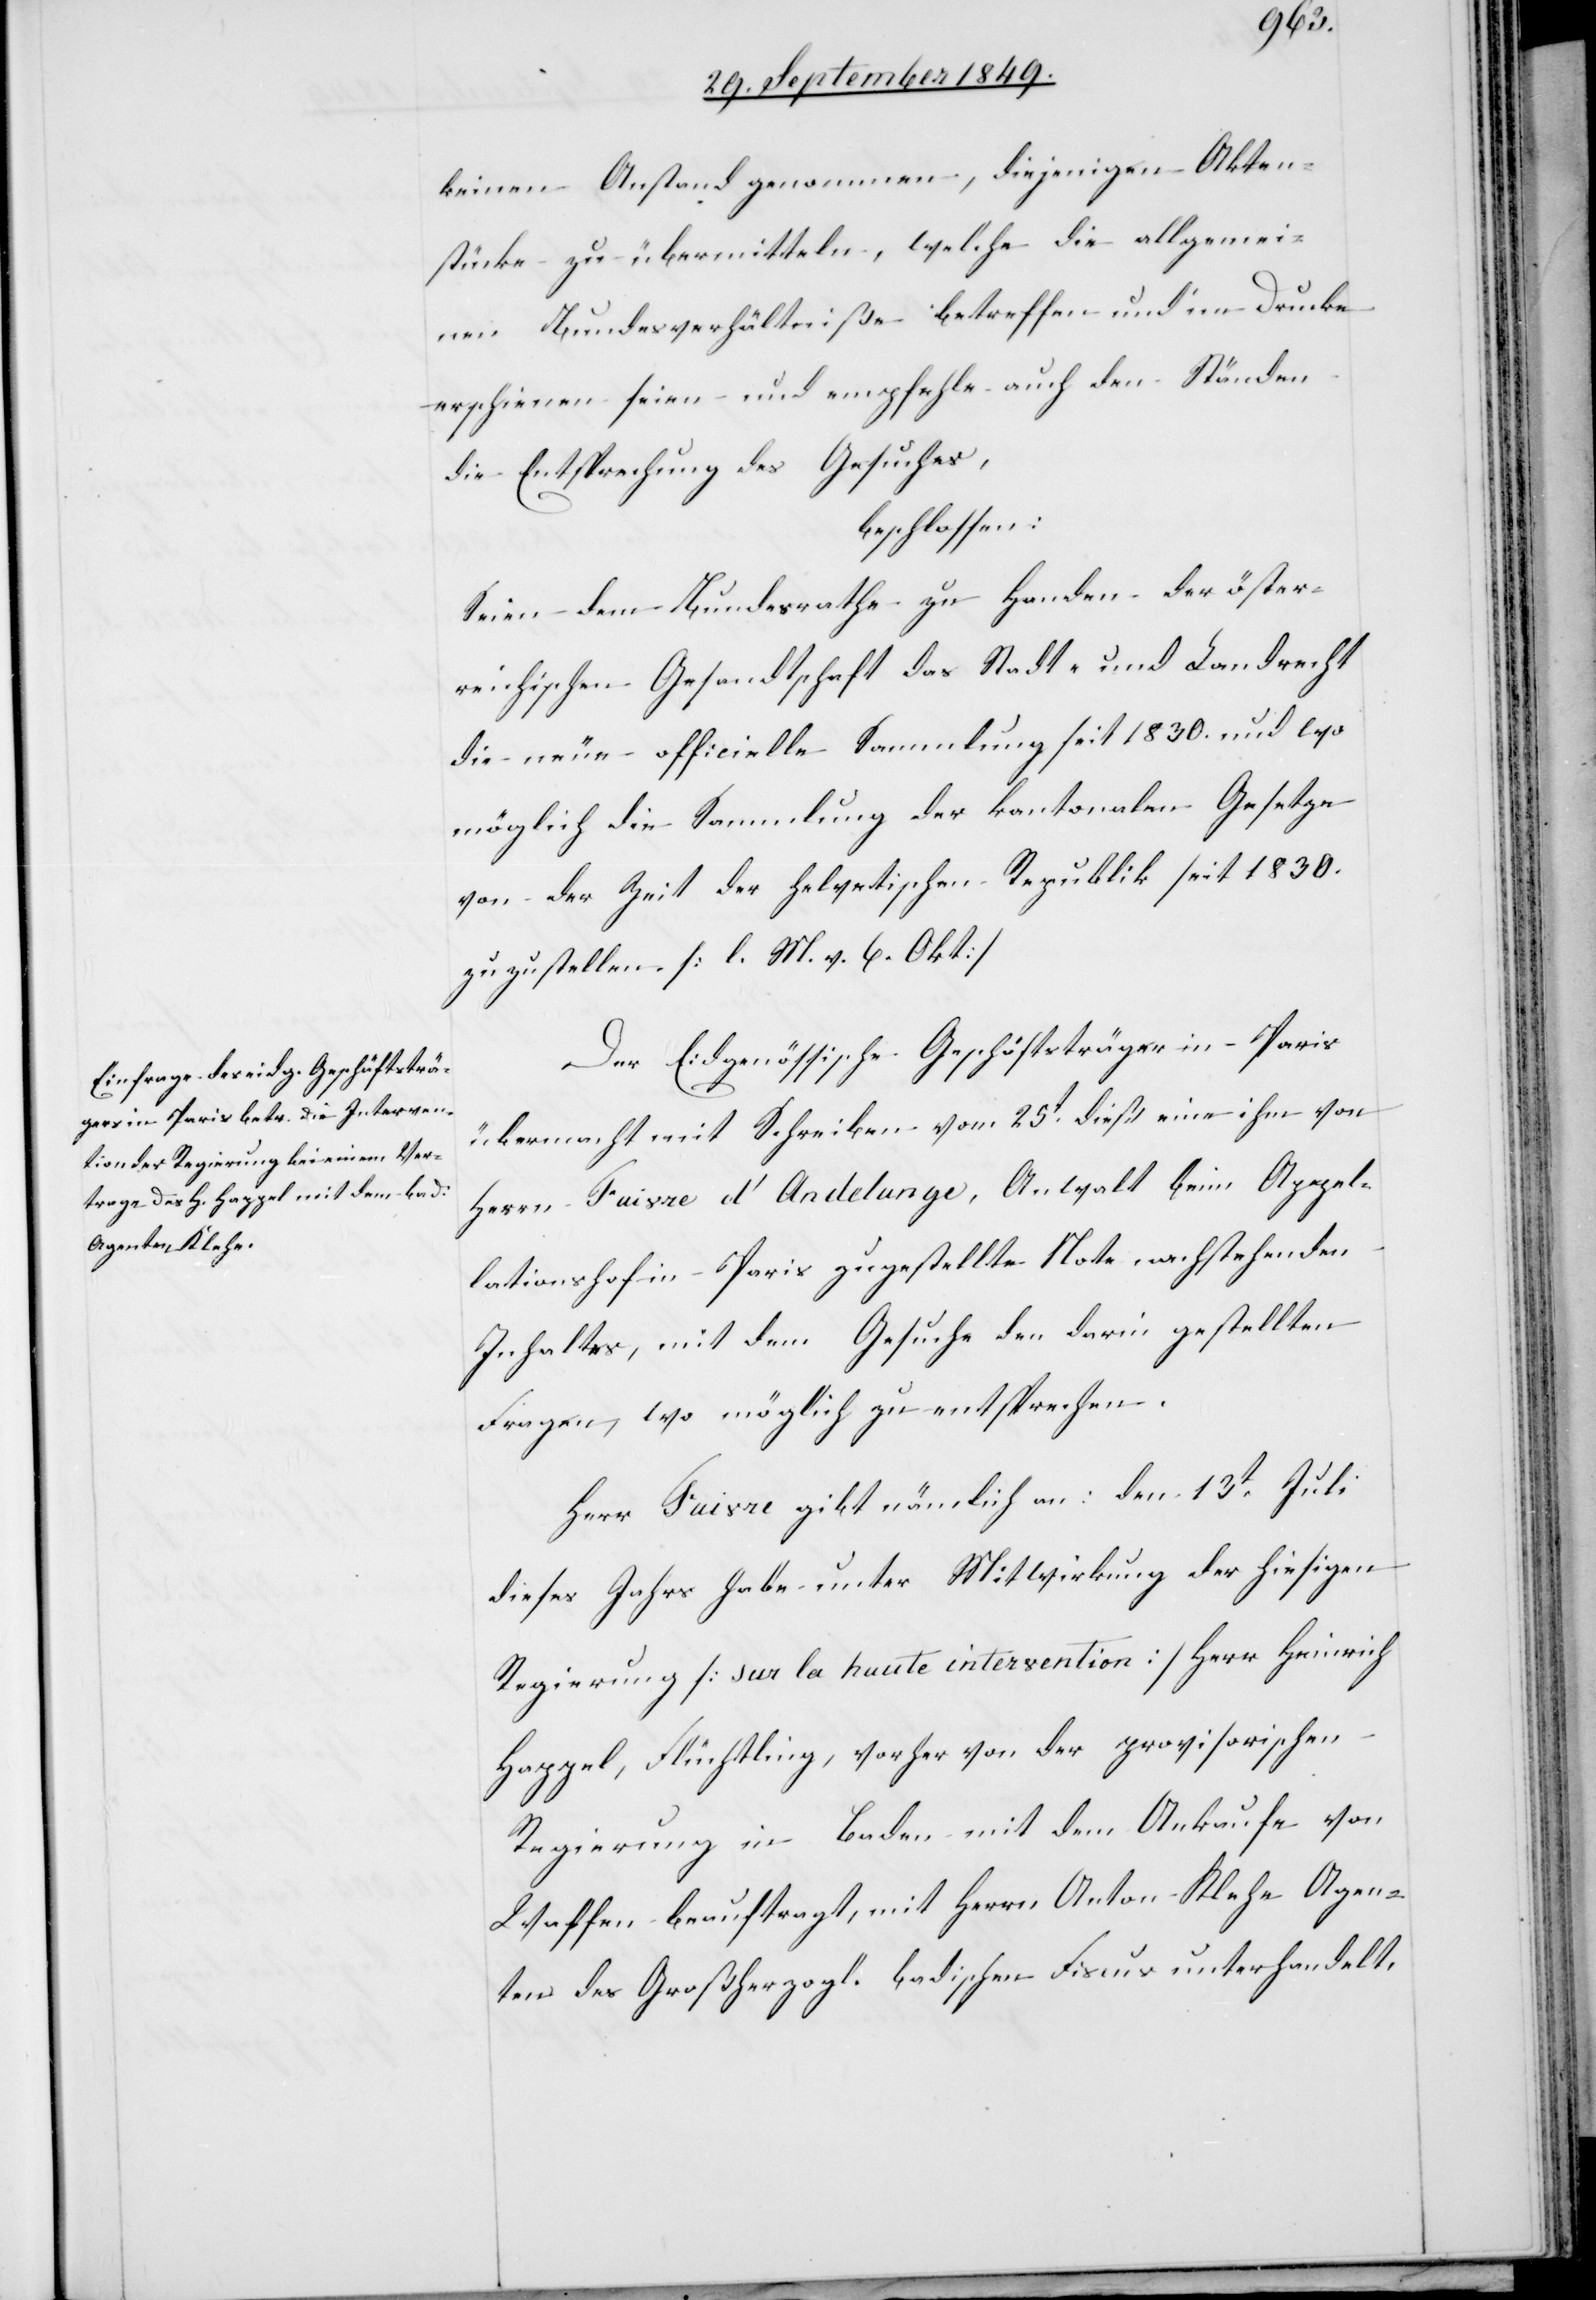
keinen Anstand genommen, diejenigen Akten¬
stücke zu übermitteln, welche die allgemei¬
nen Bundesverhältniße betreffen und im Drucke
erschienen seien und empfehle auch den Ständen
die Entsprechung des Gesuches,
beschlossen:
Seien dem Bundesrathe zu Handen der öster¬
reichischen Gesandtschaft das Stadt- und Landrecht
die neue officielle Sammlung seit 1830. und wo
möglich die Sammlung der kantonalen Gesetze
von der Zeit der helvetischen Republik seit 1830.
zuzustellen. [l. M. v. 6. Okt]
Der Eidgenössische Geschäftsträger in Paris
übermacht mit Schreiben vom 25t dieß eine ihm von
Herrn Faivre d’Andelunge, Anwalt beim Appel¬
lationshof in Paris zugestellte Note nachstehenden
Inhaltes, mit dem Gesuche den darin gestellten
Fragen, wo möglich zu entsprechen.
Herr Faivre gibt nämlich an: den 13t Juli
dieses Jahrs habe unter Mitwirkung der hiesigen
Regierung [sur la huute intervention] Herr Heinrich
Happel, Flüchtling, vorher von der provisorischen
Regierung in Baden mit dem Ankaufe von
Waffen beauftragt, mit Herrn Anton Klehe Agen¬
ten des Großherzogl. badischen Fiscus unterhandelt,